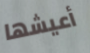
أعيشها